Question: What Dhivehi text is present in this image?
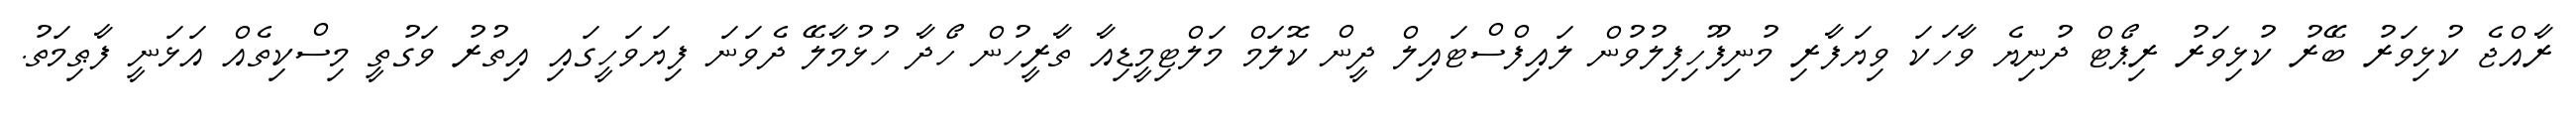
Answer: ރާއްޖެ ކުޅިވަރު ބޭރު ކުޅިވަރު ރިޕޯޓް ދުނިޔެ ވާހަކަ ވިޔަފާރި މުނިފޫހިފިލުވުން ލައިފްސްޓައިލް ދީން ކޮލަމް މަލްޓިމީޑިއާ ތާރީހުން ހޯދާ ހުޅުމާލޭ ދެވަނަ ފިޔަވަހީގައި އިތުރު ވަގުތީ މިސްކިތެއް އަޅަނީ ފާޠިމަތު.